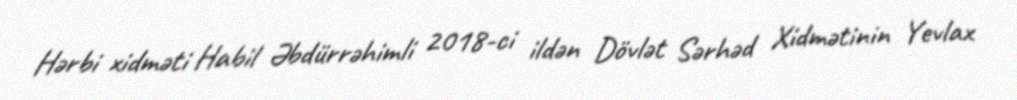
Hərbi xidməti Habil Əbdürrəhimli 2018-ci ildən Dövlət Sərhəd Xidmətinin Yevlax